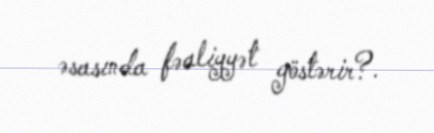
əsasında fəaliyyət göstərir?.